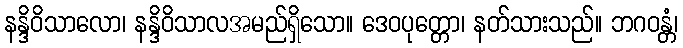
နန္ဒိဝိသာလော၊ နန္ဒိဝိသာလအမည်ရှိသော။ ဒေဝပုတ္တော၊ နတ်သားသည်။ ဘဂဝန္တံ၊